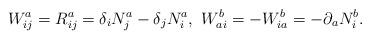
LaTeX: \begin{align*}W_{ij}^{a}=R_{ij}^{a}=\delta _{i}N_{j}^{a}-\delta_{j}N_{i}^{a},~W_{ai}^{b}=-W_{ia}^{b}=-\partial _{a}N_{i}^{b}.\end{align*}